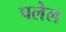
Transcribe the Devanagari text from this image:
पलेल